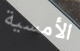
الأمسية